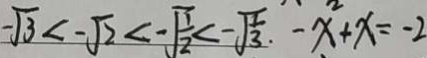
- \sqrt { 3 } < - \sqrt { 2 } < - \sqrt { \frac { 1 } { 2 } } < - \sqrt { \frac { 1 } { 3 } } . - x ^ { 2 } + x = - 2